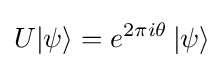
U|\psi \rangle =e^{2\pi i\theta }\left|\psi \right\rangle